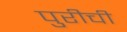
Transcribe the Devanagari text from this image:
पुरीची